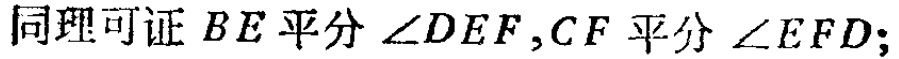
同理可证 \(BE\) 平分 \(\angle DEF,CF\) 平分 \(\angle EFD;\)